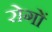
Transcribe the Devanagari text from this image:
रोगाें